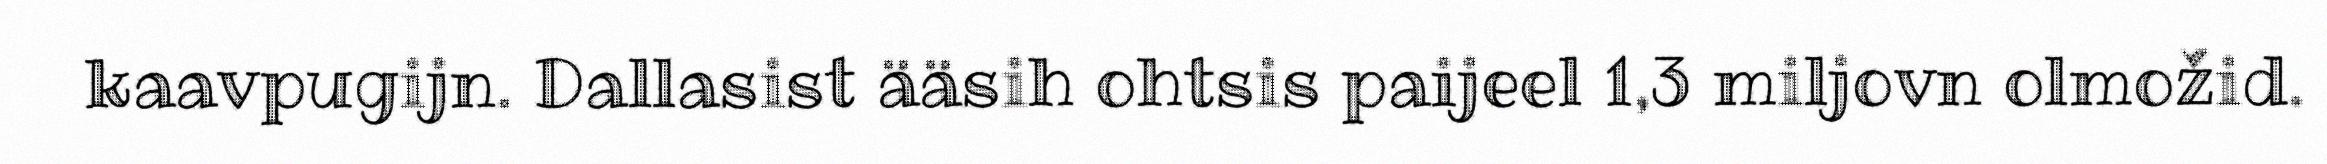
kaavpugijn. Dallasist ääsih ohtsis paijeel 1,3 miljovn olmožid.